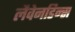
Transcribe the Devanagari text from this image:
लैवेनडिन्स